Vaccination in Bombay 1889-1901 - 1889-1901
Year: 1889
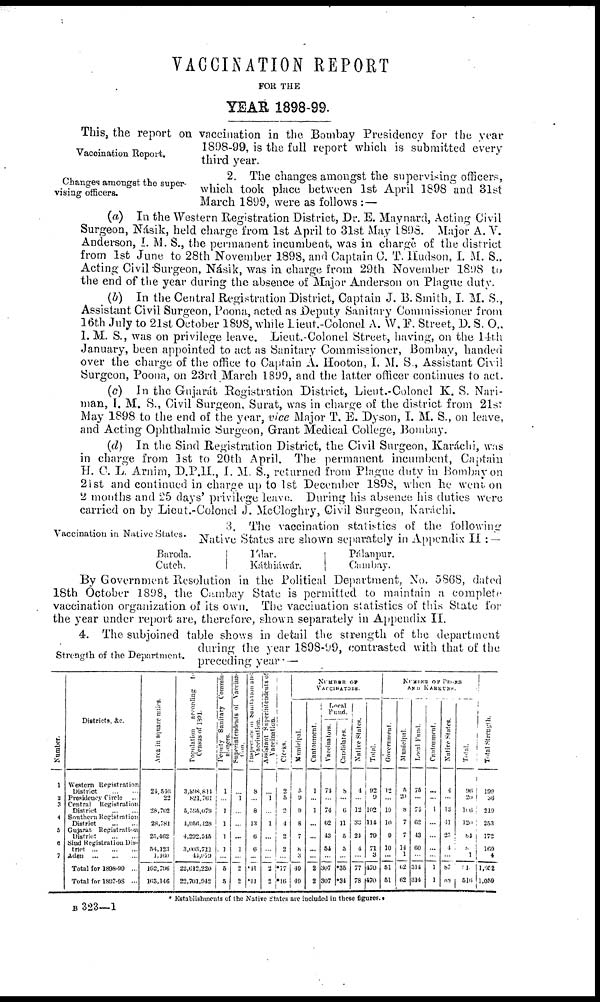
VACCINATION REPORT
FOR THE
YEAR 1898-99.
Vaccination Report.
This, the report on vaccination in the Bombay Presidency for the year
1898-99, is the full report which is submitted every
third year.
Changes amongst the super-
vising officers.
2. The changes amongst the supervising officers,
which took place between 1st April 1898 and 31st
March 1899, were as follows :—
(a) In the Western Registration District, Dr. E. Maynard, Acting Civil
Surgeon, Násik, held charge from 1st April to 31st May 1898. Major A. V.
Anderson, I. M. S., the permanent incumbent, was in charge of the district
from 1st June to 28th November 1898, and Captain C. T. Hudson, I. M. S.,
Acting Civil Surgeon, Násik, was in charge from 29th November 1898 to
the end of the year during the absence of Major Anderson on Plague duty.
(b) In the Central Registration District, Captain J. B. Smith, I. M. S.,
Assistant Civil Surgeon, Poona, acted as Deputy Sanitary Commissioner from
16th July to 21st October 1898, while Lieut.-Colonel A. W. F. Street, D. S. O.,
I. M. S., was on privilege leave. Lieut.-Colonel Street, having, on the 14th
January, been appointed to act as Sanitary Commissioner, Bombay, handed
over the charge of the office to Captain A. Hooton, I. M. S., Assistant Civil
Surgeon, Poona, on 23rd March 1899, and the latter officer continues to act.
(c) In the Gujarát Registration District, Lieut.-Colonel K. S. Nari¬
man, I. M. S., Civil Surgeon, Surat, was in charge of the district from 21st
May 1898 to the end of the year, vice Major T. E. Dyson, I. M. S., on leave,
and Acting Ophthalmic Surgeon, Grant Medical College, Bombay.
(d) In the Sind Registration District, the Civil Surgeon, Karáchi, was
in charge from 1st to 20th April. The permanent incumbent, Captain
H. C. L. Arnim, D.P.H., I. M. S., returned from Plague duty in Bombay on
21st and continued in charge up to 1st December 1898, when he went on
2 months and 25 days' privilege leave. During his absence his duties were
carried on by Lieut.-Colonel J. McCloghry, Civil Surgeon, Karáchi.
Vaccination in Native States.
3. The vaccination statistics of the following
Native States are shown separately in Appendix II : —
Baroda.
Cutch.
I'dar.
Káthiáwár.
Pálanpur.
Cambay.
By Government Resolution in the Political Department, No. 5868, dated
18th October 1898, the Cambay State is permitted to maintain a complete
vaccination organization of its own. The vaccination statistics of this State for
the year under report are, therefore, shown separately in Appendix II.
Strength of the Department.
4. The subjoined table shows in detail the strength of the department
during the year 1898-99, contrasted with that of the
preceding year —
Number.
1
2
3
4
5
6
7
Districts, &c.
Western Registration
District
...
...
Presidency Circle ...
Central
Registration
District
...
...
Southern Registration
District ... ...
Gujarát Registration
District
...
...
Sind Registration Dis-
trict
...
...
...
Aden
...
...
...
Total for 1898-90 ...
Total for 1897-98 ...
Area in square miles.
24,546
22
28,702
28,781
25,462
54,123
1,160
162,796
163,146
Population according to
Census of 1891.
3,898,814
821,761
5,595,079
4,956,428
4,292,345
3,003,7l1
44,079
22,612,220
22,701,942
Deputy Sanitary Commis¬
sioners.
1
...
1
1
1
1
...
5
5
Superintendents of Vaccina-
tion.
...
1
...
...
...
1
...
2
2
Inspectors
of Sanitation and
Vaccination.
8
...
8
13
6
6
...
*41
*41
Assistant Superintendents of
Vaccination.
...
1
...
1
...
...
...
2
2
Clerks.
2
5
2
4
2
2
...
*17
*16
NUMBER OF
VACCINATORS.
Municipal.
5
9
9
8
7
8
3
49
49
Cantonment.
1
...
1
...
...
...
...
2
2
Local
Fund.
Vaccinators.
74
...
74
62
43
54
...
307
307
Candidates.
8
...
6
11
5
5
...
*35
*34
Native States.
4
...
12
33
24
4
...
77
78
Total.
92
9
102
114
79
71
3
470
470
NUMBER OF PEONS
AND KARKUNS.
Government.
12
...
10
10
9
10
...
51
51
Municipal.
5
20
8
7
7
14
1
62
62
Local Fund.
75
...
74
62
43
60
...
314
314
Cantonment.
...
...
1
...
...
...
...
1
1
Native States.
4
...
13
41
25
4
...
87
88
Total.
96
20
106
120
84
8
1
5 1
516
Total Strength.
199
36
219
253
172
169
4
1,652
1,059
* Establishments of the Native States are included in these figures.
B 323—1